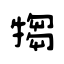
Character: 犓